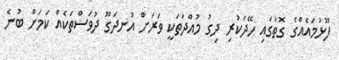
ފޫޅުމައެއްގެ ގޮތުގައި ހޭދަކުރިި ދިގު މުއްދަތަކީ ވަރަށް އުނދަގޫ ދުވަސްތަކެއް ކަމަށް ބުނެ